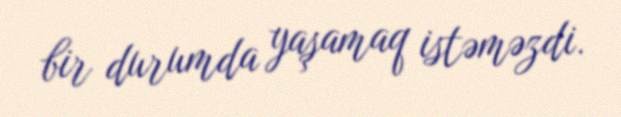
bir durumda yaşamaq istəməzdi.